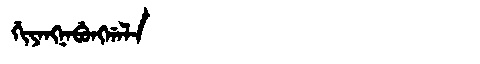
Manchu: ᡤᡳᠶᠠᠩᠨᠠᠪᡠᠩᡤᠠᠯᠠ
Romanization: GIYANGNABUNGGALA